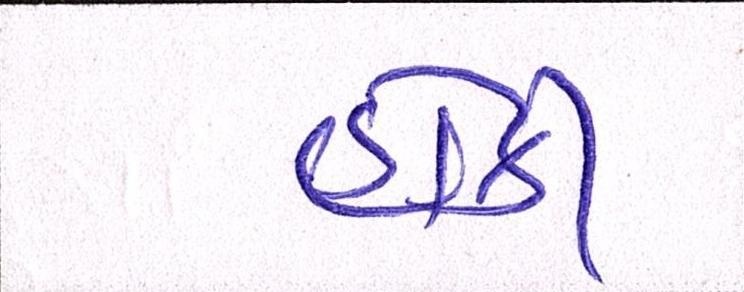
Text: હોકી